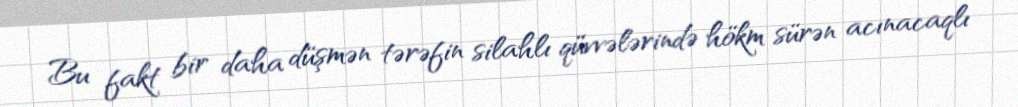
Bu fakt bir daha düşmən tərəfin silahlı qüvvələrində hökm sürən acınacaqlı